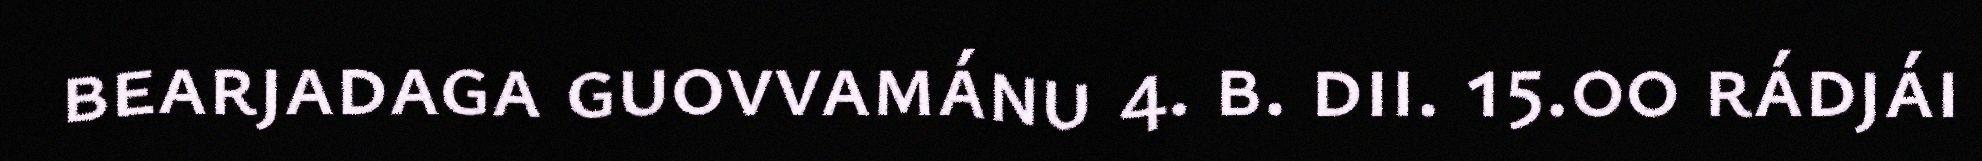
bearjadaga guovvamánu 4. b. dii. 15.00 rádjái